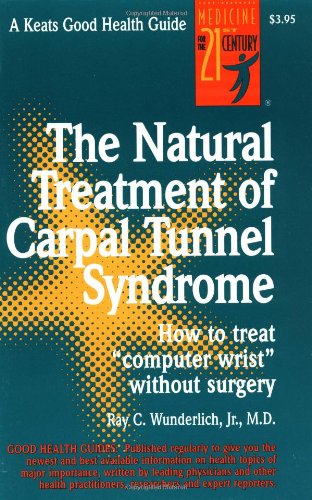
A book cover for The Natural Treatment of Carpal Tunnel Syndrome; Ray Wunderlich Jr.; Health, Fitness & Dieting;